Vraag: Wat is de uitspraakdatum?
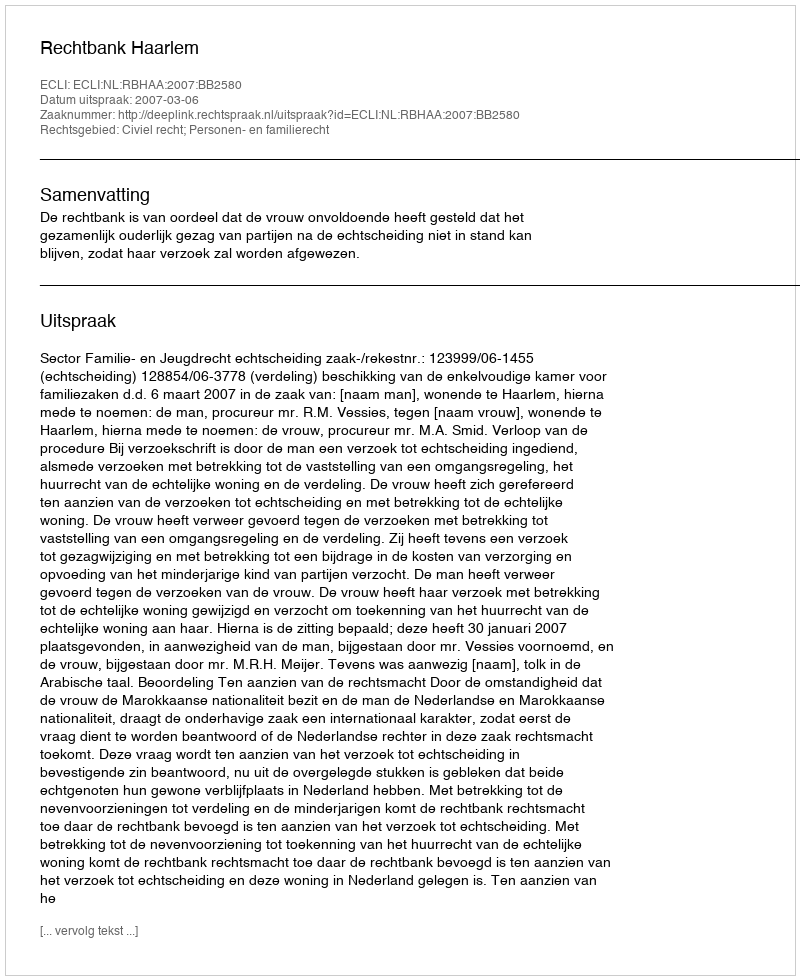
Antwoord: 2007-03-06